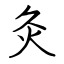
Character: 灸